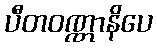
ပီတဝဏ္ဏာနိပေ